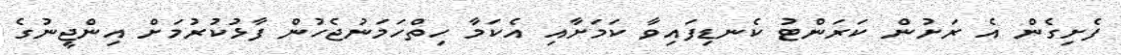
ފެށިގެން އެ ރަށުން ކަރަންޓު ކެނޑިފައިވާ ކަމަށާއި އެކަމާ ހިތްހަމަނުޖެހުން ފާޅުކުރުމަށް އިންޖީނުގެ